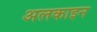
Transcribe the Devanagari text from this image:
अलकाइन